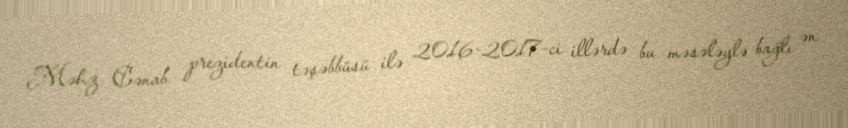
Məhz Cənab prezidentin təşəbbüsü ilə 2016-2017-ci illərdə bu məsələylə bağlı ən